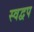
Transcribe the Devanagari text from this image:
स्वद्वप